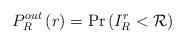
LaTeX: \begin{align*}{P_R^{out}\left( r \right) = \Pr \left( {I_R^r < \mathcal{R}} \right)}\end{align*}